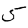
Digit: 5